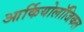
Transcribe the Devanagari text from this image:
आर्कियोलॉजिकल